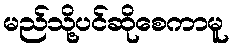
မည်သို့ပင်ဆိုစေကာမူ